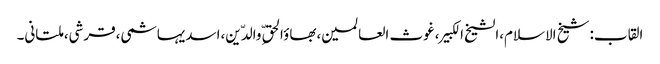
القاب:شیخ الاسلام،الشیخ الکبیر،غوث العالمین،بھاؤالحق ِّوالدّین،اسدیہاشمی،قرشی،ملتانی۔